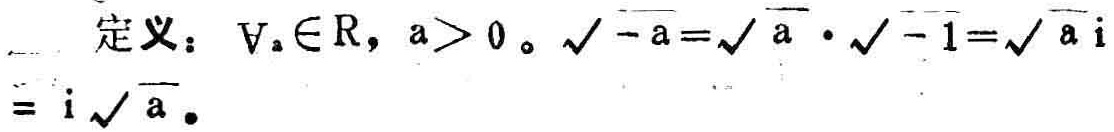
定义：$\forall_{a} \in \mathbb{R}, a > 0$。$\sqrt{-a}=\sqrt{a}\cdot\sqrt{-1}=\sqrt{a}\mathrm{i}=\mathrm{i}\sqrt{a}$。